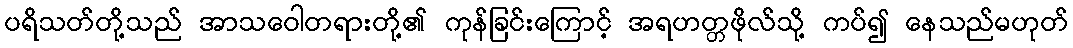
ပရိသတ်တို့သည် အာသဝေါတရားတို့၏ ကုန်ခြင်းကြောင့် အရဟတ္တဖိုလ်သို့ ကပ်၍ နေသည်မဟုတ်